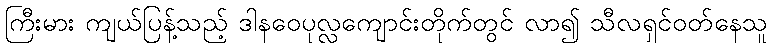
ကြီးမား ကျယ်ပြန့်သည့် ဒါနဝေပုလ္လကျောင်းတိုက်တွင် လာ၍ သီလရှင်ဝတ်နေသူ